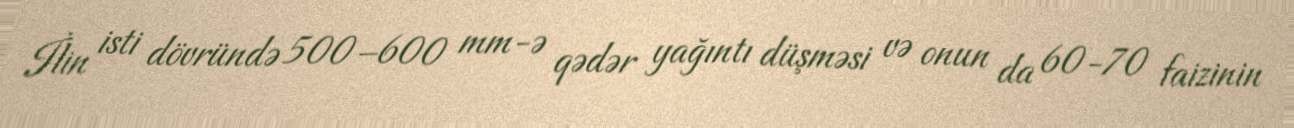
İlin isti dövründə 500–600 mm-ə qədər yağıntı düşməsi və onun da 60-70 faizinin